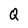
Character: Q